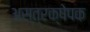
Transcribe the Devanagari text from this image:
अस्त्रक्षेपक